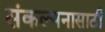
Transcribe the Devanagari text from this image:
संकल्पनासाठी